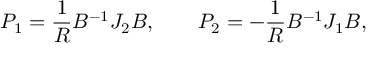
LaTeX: P _ { 1 } = { \frac { 1 } { R } } B ^ { - 1 } J _ { 2 } B , \qquad P _ { 2 } = - { \frac { 1 } { R } } B ^ { - 1 } J _ { 1 } B ,